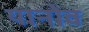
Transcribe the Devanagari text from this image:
यानोव